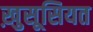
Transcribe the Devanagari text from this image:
ख़ुसूसियत